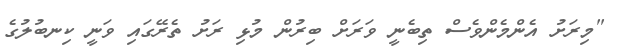
"މިރަށު އެންމެންވެސް ތިބެނީ ވަރަށް ބިރުން މުޅި ރަށު ތެރޭގައި ވަނީ ކިނބުލުގެ